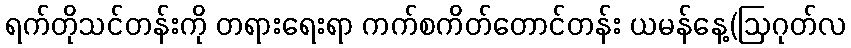
ရက်တိုသင်တန်းကို တရားရေးရာ ကက်စကိတ်တောင်တန်း ယမန်နေ့(ဩဂုတ်လ